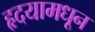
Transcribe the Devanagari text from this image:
हृदयामधून